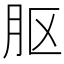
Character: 𬁵